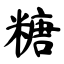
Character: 糖